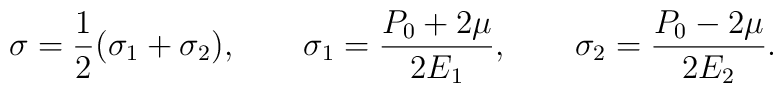
\sigma={1\over 2}(\sigma_1+\sigma_2),\qquad\sigma_1={P_0+2\mu\over 2E_1},\qquad \sigma_2={P_0-2\mu\over2E_2}.